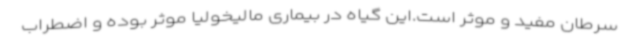
سرطان مفید و موثر است.این گیاه در بیماری مالیخولیا موثر بوده و اضطراب